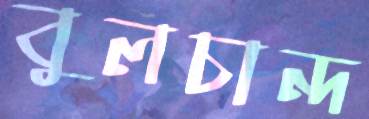
বুলচান্দ